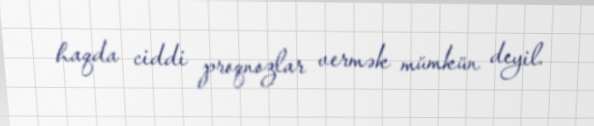
haqda ciddi proqnozlar vermək mümkün deyil.